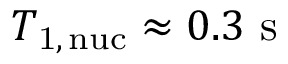
T _ { \mathrm { 1 , \, n u c } } \approx 0 . 3 ~ \mathrm { s }